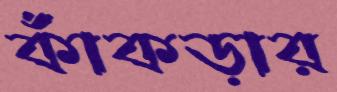
কাঁকড়ার